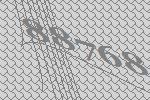
88768